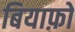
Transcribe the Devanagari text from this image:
बियाफ़ो